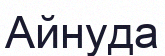
Айнуда